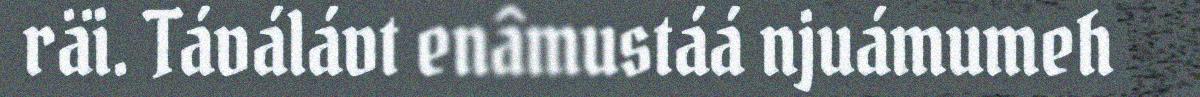
räi. Táválávt enâmustáá njuámumeh